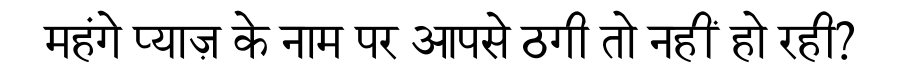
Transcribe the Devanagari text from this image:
महंगे प्याज़ के नाम पर आपसे ठगी तो नहीं हो रही?